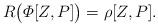
LaTeX: \begin{align*} R\big( \varPhi{[Z,P]} \big) = \rho[Z,P] .\end{align*}